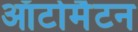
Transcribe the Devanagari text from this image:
ऑटोमैटन